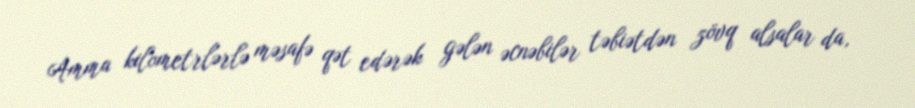
Amma kilometrlərlə məsafə qət edərək gələn əcnəbilər təbiətdən zövq alsalar da,